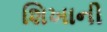
શિખાની